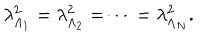
\lambda _ { \Lambda _ { 1 } } ^ { 2 } = \lambda _ { \Lambda _ { 2 } } ^ { 2 } = \dots = \lambda _ { \Lambda _ { N } } ^ { 2 } .